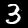
Label: 3